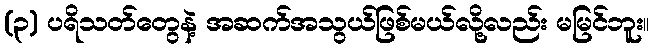
(၃) ပရိသတ်တွေနဲ့ အဆက်အသွယ်ဖြစ်မယ်လို့လည်း မမြင်ဘူး။